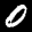
Label: 0